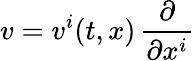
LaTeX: v=v^{i}(t,x)\, \frac\partial{\partial x^{i}}